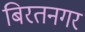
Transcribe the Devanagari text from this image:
बिरतनगर